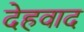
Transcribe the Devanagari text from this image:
देहवाद